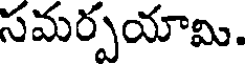
సమర్పయామి.